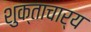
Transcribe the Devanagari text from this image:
शुक्ताचार्य